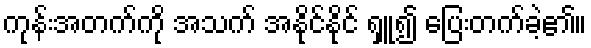
ကုန်းအတက်ကို အသက် အနိုင်နိုင် ရှူ၍ ပြေးတက်ခဲ့၏။